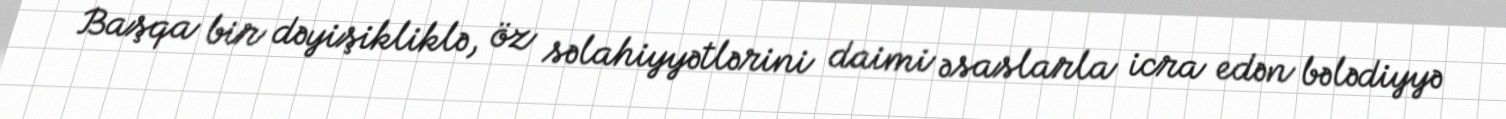
Başqa bir dəyişikliklə, öz səlahiyyətlərini daimi əsaslarla icra edən bələdiyyə